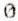
0